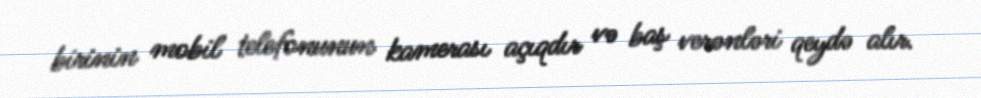
birinin mobil telefonunun kamerası açıqdır və baş verənləri qeydə alır.